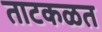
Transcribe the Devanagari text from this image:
ताटकळत